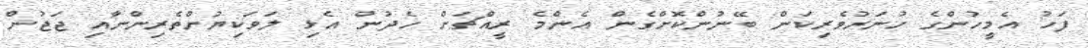
ފަހު އެމީހުންގެ ހުނަރުވެރިކަން ބޭނުންކޮށްގެން އެންމެ ރީއްޗަށް ހެދުން އެޅި ލަވަކިޔުންތެރިންނާއި ޖަޖުން